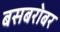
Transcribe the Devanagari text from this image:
बसबरोबर